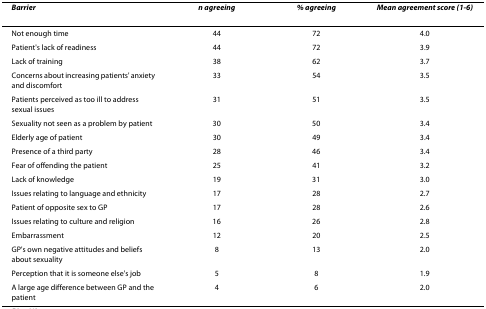
<table><thead><tr><td><b><i>Barrier</i></b></td><td><b><i>n agreeing</i></b></td><td><b><i>% agreeing</i></b></td><td><b><i>Mean agreement score (1-6)</i></b></td></tr></thead><tbody><tr><td>Not enough time</td><td>44</td><td>72</td><td>4.0</td></tr><tr><td>Patient's lack of readiness</td><td>44</td><td>72</td><td>3.9</td></tr><tr><td>Lack of training</td><td>38</td><td>62</td><td>3.7</td></tr><tr><td>Concerns about increasing patients' anxiety and discomfort</td><td>33</td><td>54</td><td>3.5</td></tr><tr><td>Patients perceived as too ill to address sexual issues</td><td>31</td><td>51</td><td>3.5</td></tr><tr><td>Sexuality not seen as a problem by patient</td><td>30</td><td>50</td><td>3.4</td></tr><tr><td>Elderly age of patient</td><td>30</td><td>49</td><td>3.4</td></tr><tr><td>Presence of a third party</td><td>28</td><td>46</td><td>3.4</td></tr><tr><td>Fear of offending the patient</td><td>25</td><td>41</td><td>3.2</td></tr><tr><td>Lack of knowledge</td><td>19</td><td>31</td><td>3.0</td></tr><tr><td>Issues relating to language and ethnicity</td><td>17</td><td>28</td><td>2.7</td></tr><tr><td>Patient of opposite sex to GP</td><td>17</td><td>28</td><td>2.6</td></tr><tr><td>Issues relating to culture and religion</td><td>16</td><td>26</td><td>2.8</td></tr><tr><td>Embarrassment</td><td>12</td><td>20</td><td>2.5</td></tr><tr><td>GP's own negative attitudes and beliefs about sexuality</td><td>8</td><td>13</td><td>2.0</td></tr><tr><td>Perception that it is someone else's job</td><td>5</td><td>8</td><td>1.9</td></tr><tr><td>A large age difference between GP and the patient</td><td>4</td><td>6</td><td>2.0</td></tr></tbody></table>